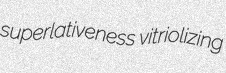
superlativeness vitriolizing